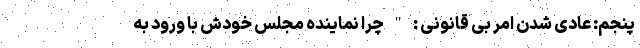
پنجم: عادی شدن امر بی قانونی : " چرا نماینده مجلس خودش با ورود به